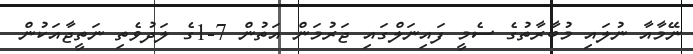
ނޭމާއާ ނުލައި މުބާރާތުގެ ސެމީ ފައިނަލްގައި ޖަރުމަން އަތުން 7-1ގެ ލަދުވެތި ނަތީޖާއަކުން